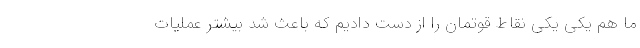
ما هم یکی یکی نقاط قوتمان را از دست دادیم که باعث شد بیشتر عملیات